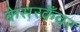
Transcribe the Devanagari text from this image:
केसरकँवर